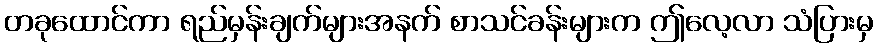
တခုထောင်ကာ ရည်မှန်းချက်များအနက် စာသင်ခန်းများက ဤလေ့လာ သံပြားမှ